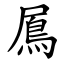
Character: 䲩